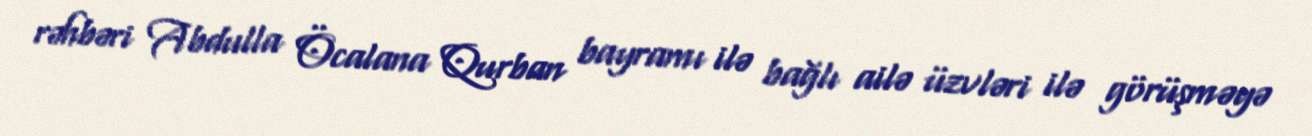
rəhbəri Abdulla Öcalana Qurban bayramı ilə bağlı ailə üzvləri ilə görüşməyə